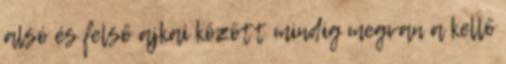
alsó és felső ajkai között mindig megvan a kellő